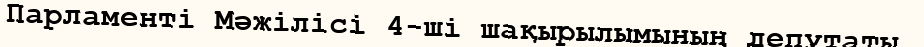
Парламенті Мәжілісі 4-ші шақырылымының депутаты,